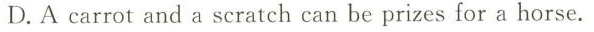
D.A carrot and a scratch can be prizes for a horse.